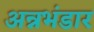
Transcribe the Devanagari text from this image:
अन्नभंडार